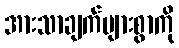
အားသာချက်များစွာကို